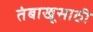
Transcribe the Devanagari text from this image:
तंबाखूसाठी